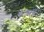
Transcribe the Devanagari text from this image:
केळ्यांचे